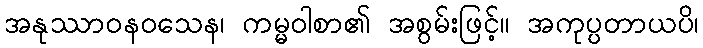
အနုဿာဝနဝသေန၊ ကမ္မဝါစာ၏ အစွမ်းဖြင့်။ အကုပ္ပတာယပိ၊